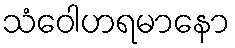
သံဝေါဟရမာနော